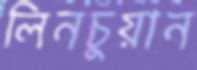
লিনচুয়ান